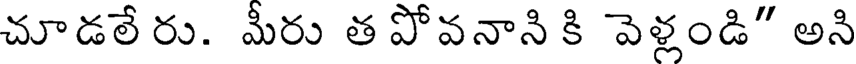
చూడలే రు. మీరు త పోవనాని కి వెళ్లండి" అసి